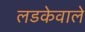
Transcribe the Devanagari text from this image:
लडकेवाले